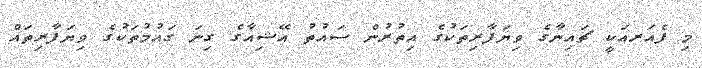
މި ފެއަރއަކީ ޗައިނާގެ ވިޔަފާރިތަކުގެ އިތުރުން ސައުތު އޭޝިއާގެ ގިނަ ގައުމުތަކުގެ ވިޔަފާރިތައް